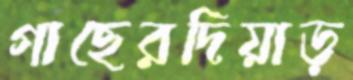
গাছেরদিয়াড়